Report on horse surra - Volume II, Part II
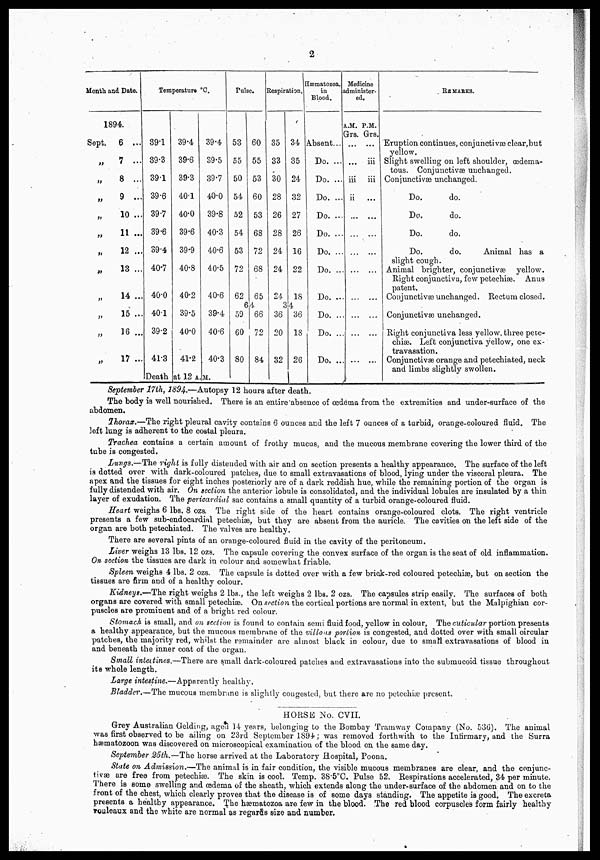
2
Month and Date.
1894.
Sept.
„
„
„
„
„
„
„
„
„
„
„
6 ...
7 ...
8 ...
9 ...
10 ...
11 ...
12 ...
13 ...
14 ...
15 ...
16 ...
17 ...
Temperature°C.
39.1
39.3
39.1
39.6
39.7
39.6
39.4
40.7
40.0
401
39.2
41.3
39.4
39.36
39.3
40.1
40.0
39.6
39.9
40.8
40.2
39.5
40.0
41.2
39.4
39.5
39.7
40.0
39.8
40.3
40.6
40.5
40.6
39.4
40.6
40.3
Death at 12 A.M.
Pulse.
53
55
50
54
52
54
53
72
62
60
55
53
60
53
68
72
68
65
6
4
59
60
80
66
72
84
Respiration.
35
33
30
28
26
28
24
24
24
34
35
24
32
27
26
16
22
18
3
4
36
20
32
36
18
26
Hæmatozoa.
in
Blood.
Absent...
Do. ...
Do. ...
Do. ...
Do. ...
Do. ...
Do. ...
Do. ...
Do. ...
Do. ...
Do. ...
Do. ...
Medicine
idminister-
ed.
A.M.
Grs.
...
...
iii
ii
...
...
...
...
...
...
P.M.
Grs.
...
iii
iii
...
...
...
...
...
...
...
...
REMAKES.
Eruption continues, conjunctivæ clear,but
yellow.
Slight swelling on left shoulder, œdema-
tous. Conjunctivæ unchanged.
Conjunctivas unchanged.
Do.
do.
Do
do.
Do.
do.
Do.
do.
Animal has a
slight cough.
Animal brighter, conjunctivæ yellow.
Right conjunctiva, few petechiæ. Anus
patent.
Conjunctivæ unchanged. Rectum closed.
Conjunctivas unchanged.
Right conjunctiva less yellow, three pete-
chias. Left conjunctiva yellow, one ex-
travasation.
Conjunctivas orange and petechiated, neck
and limbs slightly swollen.
September 17th, 1894.—Autopsy 12 hours after death.
The body is well nourished. There is an entire absence of œdema from the extremities and under-surface of the
abdomen.
Thorax.—The right pleural cavity contains 6 ounces and the left 7 ounces of a turbid, orange-coloured fluid. The
left lung is adherent to the costal pleura.
Trachea contains a certain amount of frothy mucus, and the mucous membrane covering the lower third of the
tube is congested.
Lungs.—The right is fully distended with air and on section presents a healthy appearance. The surface of the left
is dotted over with dark-coloured patches, due to small extravasations of blood, lying under the visceral pleura. The
apex and the tissues for eight inches posteriorly are of a dark reddish hue, while the remaining portion of the organ is
fully distended with air. On section the anterior lobule is consolidated, and the individual lobules are insulated by a thin
layer of exudation. The pericardial sac contains a small quantity of a turbid orange-coloured fluid.
Heart weighs 6 lbs. 8 ozs. The right side of the heart contains orange-coloured clots. The right ventricle
presents a few sub-endocardial petechias, but they are absent from the auricle. The cavities on the left side of the
organ are both petechiated. The valves are healthy.
There are several pints of an orange-coloured fluid in the cavity of the peritoneum.
Liver weighs 13 lbs. 12 ozs. The capsule covering the convex surface of the organ is the seat of old inflammation.
On section the tissues are dark in colour and somewhat friable.
Spleen weighs 4 lbs. 2 ozs. The capsule is dotted over with a few brick-red coloured petechias, but on section the
tissues are firm and of a healthy colour.
Kidneys.—The right weighs 2 lbs., the left weighs 2 lbs. 2 ozs. The capsules strip easily. The surfaces of both
organs are covered with small petechias. On section the cortical portions are normal in extent, but the Malpighian cor-
puscles are prominent and of a bright red colour.
Stomach is small, and on section is found to contain semi fluid food, yellow in colour, The cuticular portion presents
a healthy appearance, but the mucous membrane of the villous portion is congested, and dotted over with small oircular
patches, the majority red, whilst the remainder are almost black in colour, due to small extravasations of blood in
and beneath the inner coat of the organ.
Small intertines.—There are small dark-coloured patches and extravasations into the submucoid tissue throughout
its whole length.
Large intestine.—Apparently healthy.
Bladder.—The mucous membrane is slightly congested, but there are no petechiæ present.
HORSE No. CVII.
Grey Australian Gelding, aged 14 years, belonging to the Bombay Tramway Company (No. 536). The animal
was first observed to be ailing on 23rd September 1S94; was removed forthwith to the Infirmary, and the Surra
hæmatozoon was discovered on microscopical examination of the blood on the same day.
September 25th.—The horse arrived at the Laboratory Hospital, Poona.
State on Admission.—The animal is in fair condition, the visible mucous membranes are clear, and the conjunc-
tivas are free from petechias. The skin is cool. Temp. 38.5°C. Pulse 52. Respirations accelerated, 34 per minute.
There is some swelling and œdema of the sheath, which extends along the under-surface of the abdomen and on to the
front of the chest, which clearly proves that the disease is of some days standing. The appetite is good. The excreta
presents a healthy appearance. The hæmatozoa are few in the blood. The red blood corpuscles form fairly healthy
rouleaux and the white are normal as regards size and number.